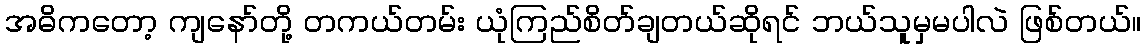
အဓိကတော့ ကျနော်တို့ တကယ်တမ်း ယုံကြည်စိတ်ချတယ်ဆိုရင် ဘယ်သူမှမပါလဲ ဖြစ်တယ်။